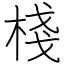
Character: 棧